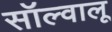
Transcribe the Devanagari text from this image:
सॉल्वालू